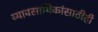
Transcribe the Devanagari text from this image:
व्यावसायिकांसाठीही